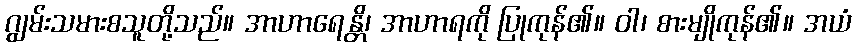
ဂျွမ်းသမားစသူတို့သည်။ အာဟာရေန္တိ၊ အာဟာရကို ပြုကုန်၏။ ဝါ၊ စားမျိုကုန်၏။ အယံ